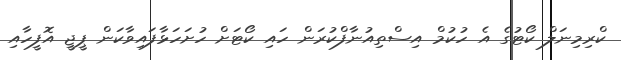
ކްރިމިނަލް ކޯޓުގެ އެ ހުކުމް އިސްތިއުނާފްކުރަން ހައި ކޯޓަށް ހުށަހަޅާފައިވާކަން ޕީޖީ އޮފީހާއި